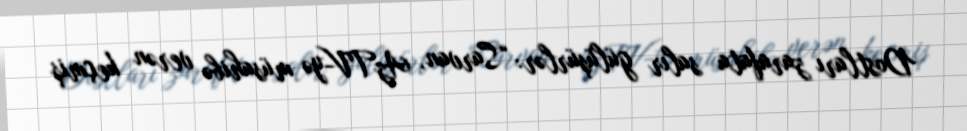
Dostları zarafata salır gülüşürlər: “Sarvan, AzTV-yə müsahibə verən keçmiş